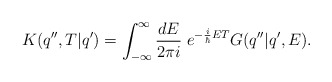
\begin{align*}K(q'',T|q')=\int _{-\infty }^{\infty }\frac{dE}{2\pi i}\; e^{-\frac{i}{\hbar }ET}G(q''|q',E).\end{align*}